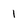
Character: 1